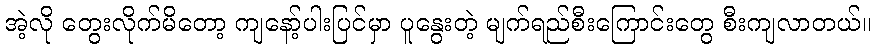
အဲ့လို တွေးလိုက်မိတော့ ကျနော့်ပါးပြင်မှာ ပူနွေးတဲ့ မျက်ရည်စီးကြောင်းတွေ စီးကျလာတယ်။